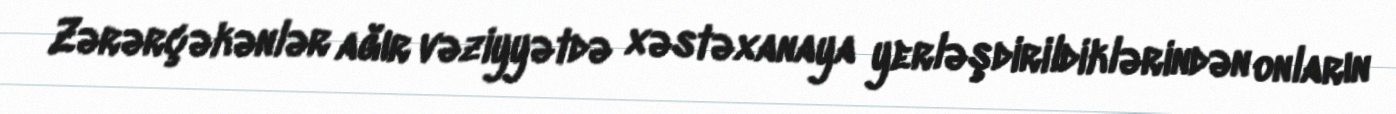
Zərərçəkənlər ağır vəziyyətdə xəstəxanaya yerləşdirildiklərindən onların